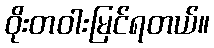
ဝိုးတဝါးမြင်ရတယ်။